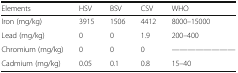
<table><thead><tr><td><b>Elements</b></td><td><b>HSV</b></td><td><b>BSV</b></td><td><b>CSV</b></td><td><b>WHO</b></td></tr></thead><tbody><tr><td>Iron (mg/kg)</td><td>3915</td><td>1506</td><td>4412</td><td>8000–15000</td></tr><tr><td>Lead (mg/kg)</td><td>0</td><td>0</td><td>1.9</td><td>200–400</td></tr><tr><td>Chromium (mg/kg)</td><td>0</td><td>0</td><td>0</td><td>----------</td></tr><tr><td>Cadmium (mg/kg)</td><td>0.05</td><td>0.1</td><td>0.8</td><td>15–40</td></tr></tbody></table>